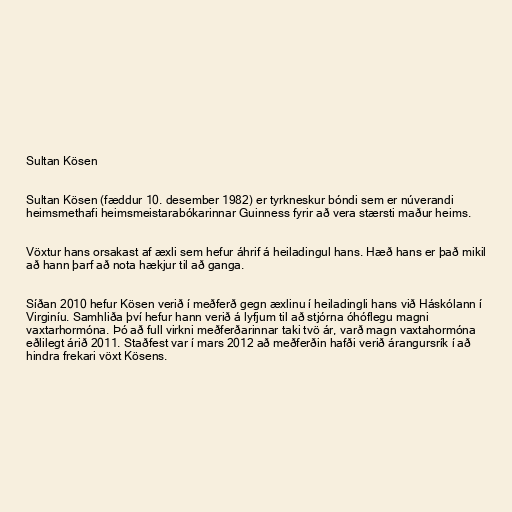
Sultan Kösen

Sultan Kösen (fæddur 10. desember 1982) er tyrkneskur bóndi sem er núverandi
heimsmethafi heimsmeistarabókarinnar Guinness fyrir að vera stærsti maður heims.

Vöxtur hans orsakast af æxli sem hefur áhrif á heiladingul hans. Hæð hans er það mikil
að hann þarf að nota hækjur til að ganga.

Síðan 2010 hefur Kösen verið í meðferð gegn æxlinu í heiladingli hans við Háskólann í
Virginíu. Samhliða því hefur hann verið á lyfjum til að stjórna óhóflegu magni
vaxtarhormóna. Þó að full virkni meðferðarinnar taki tvö ár, varð magn vaxtahormóna
eðlilegt árið 2011. Staðfest var í mars 2012 að meðferðin hafði verið árangursrík í að
hindra frekari vöxt Kösens.